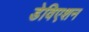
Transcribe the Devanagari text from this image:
डेविएशन